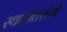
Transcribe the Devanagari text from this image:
स्थलांतरांची